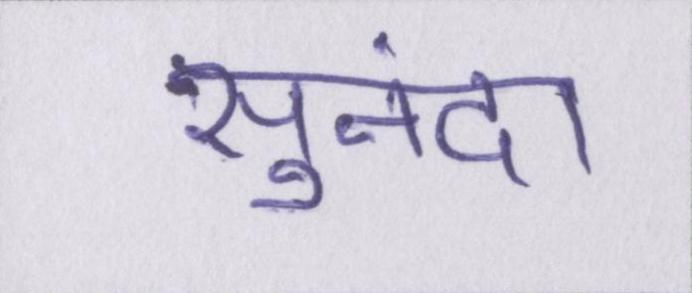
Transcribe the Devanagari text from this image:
सुनंदा